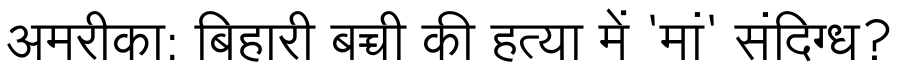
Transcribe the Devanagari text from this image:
अमरीका: बिहारी बच्ची की हत्या में 'मां' संदिग्ध?